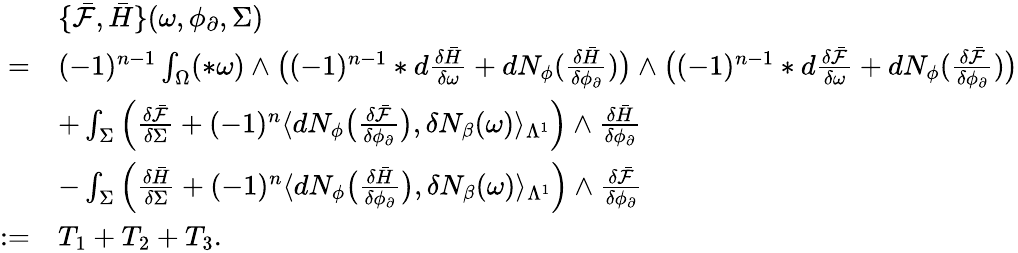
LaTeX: \begin{array}{rl}&{\{ \bar{\mathcal{F}},\bar{H}\} (\omega,\phi_{\partial},\Sigma)}\\ {=}&{(-1)^{n-1}\int_{\Omega}(\ast\omega)\wedge\big((-1)^{n-1}\ast d\frac{\delta\bar{H}}{\delta\omega}+dN_{\phi}(\frac{\delta\bar{H}}{\delta\phi_{\partial}})\big)\wedge\big((-1)^{n-1}\ast d\frac{\delta\bar{\mathcal{F}}}{\delta\omega}+dN_{\phi}(\frac{\delta\bar{\mathcal{F}}}{\delta\phi_{\partial}})\big)}\\ &{+\int_{\Sigma}\Big(\frac{\delta\bar{\mathcal{F}}}{\delta\Sigma}+(-1)^{n}\langle dN_{\phi}\big(\frac{\delta\bar{\mathcal{F}}}{\delta\phi_{\partial}}\big),\delta N_{\beta}(\omega)\rangle_{\Lambda^{1}}\Big)\wedge\frac{\delta\bar{H}}{\delta\phi_{\partial}}}\\ &{-\int_{\Sigma}\Big(\frac{\delta\bar{H}}{\delta\Sigma}+(-1)^{n}\langle dN_{\phi}\big(\frac{\delta\bar{H}}{\delta\phi_{\partial}}\big),\delta N_{\beta}(\omega)\rangle_{\Lambda^{1}}\Big)\wedge\frac{\delta\bar{\mathcal{F}}}{\delta\phi_{\partial}}}\\ {:=}&{T_{1}+T_{2}+T_{3}.}\end{array}